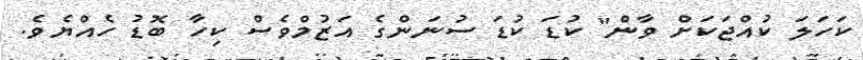
ކަހަލަ ކުއްޖަކަށް ވާން" ކުޑަ ކުޑަ ސުނަންގެ އަޒުމްވެސް ކިހާ ބޮޑު ހެއްޔެވެ.